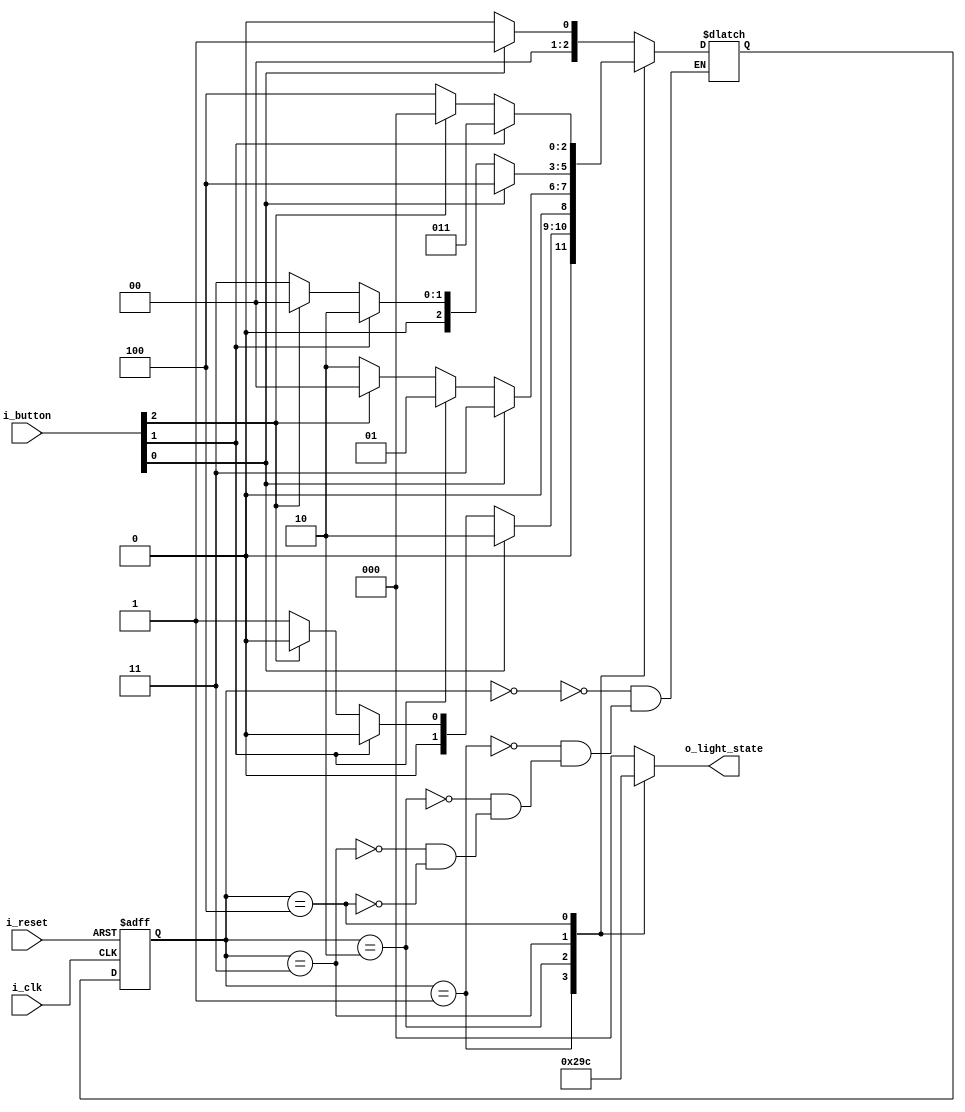
`timescale 1ns / 1ps

module FSM_Light(
    input i_clk,
    input i_reset,
    input [2:0]i_button,
    output [2:0]o_light_state
    );

    parameter S_LED_000 = 3'b000,  // c enum ,  
              S_LED_001 = 3'b001,
              S_LED_010 = 3'b010,
              S_LED_011 = 3'b011,
              S_LED_100 = 3'b100;
             

    reg [2:0] curState, nextState;
    reg [3:0] r_light;

    assign o_light_state = r_light;

//  
    always @(posedge i_clk or posedge i_reset) begin
        if (i_reset) curState <= S_LED_000;
        else curState <= nextState;
    end

//  
    always @(curState or i_button) begin
        case (curState)
            S_LED_000 : begin
                if (i_button[0])      nextState <= S_LED_001;
                else if (i_button[2]) nextState <= S_LED_000;
                else                  nextState <= S_LED_000;
            end 
            S_LED_001 : begin
                if (i_button[0])      nextState <= S_LED_010;
                else if (i_button[1]) nextState <= S_LED_000;
                else if (i_button[2]) nextState <= S_LED_000;
                else                  nextState <= S_LED_001;
            end
            S_LED_010 : begin
                if (i_button[0])      nextState <= S_LED_011;
                else if (i_button[1]) nextState <= S_LED_001;
                else if (i_button[2]) nextState <= S_LED_000;
                else                  nextState <= S_LED_010;
            end
            S_LED_011 : begin
                if (i_button[0])      nextState <= S_LED_100;
                else if (i_button[1]) nextState <= S_LED_010;
                else if (i_button[2]) nextState <= S_LED_000;
                else                  nextState <= S_LED_011;
            end
             S_LED_100 : begin
                if (i_button[1])      nextState <= S_LED_011;
                else if (i_button[2]) nextState <= S_LED_000;
                else                   nextState <= S_LED_100;
            end 
          

        endcase
    end
    
//   
    always @(curState) begin
        r_light <= 3'b000;
        case (curState)
            S_LED_000 : r_light <= 3'b000;  
            S_LED_001 : r_light <= 3'b001;  
            S_LED_010 : r_light <= 3'b010;  
            S_LED_011 : r_light <= 3'b011;  
            S_LED_100 : r_light <= 3'b100;  
        endcase
    end

endmodule